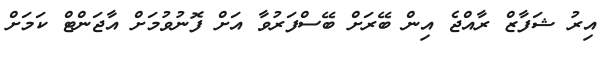
އިރު ޝަފާޒް ރާއްޖެ އިން ބޭރަށް ބޭސްފަރުވާ އަށް ފޮނުވުމަށް އާޖަންޓް ކަމަށް